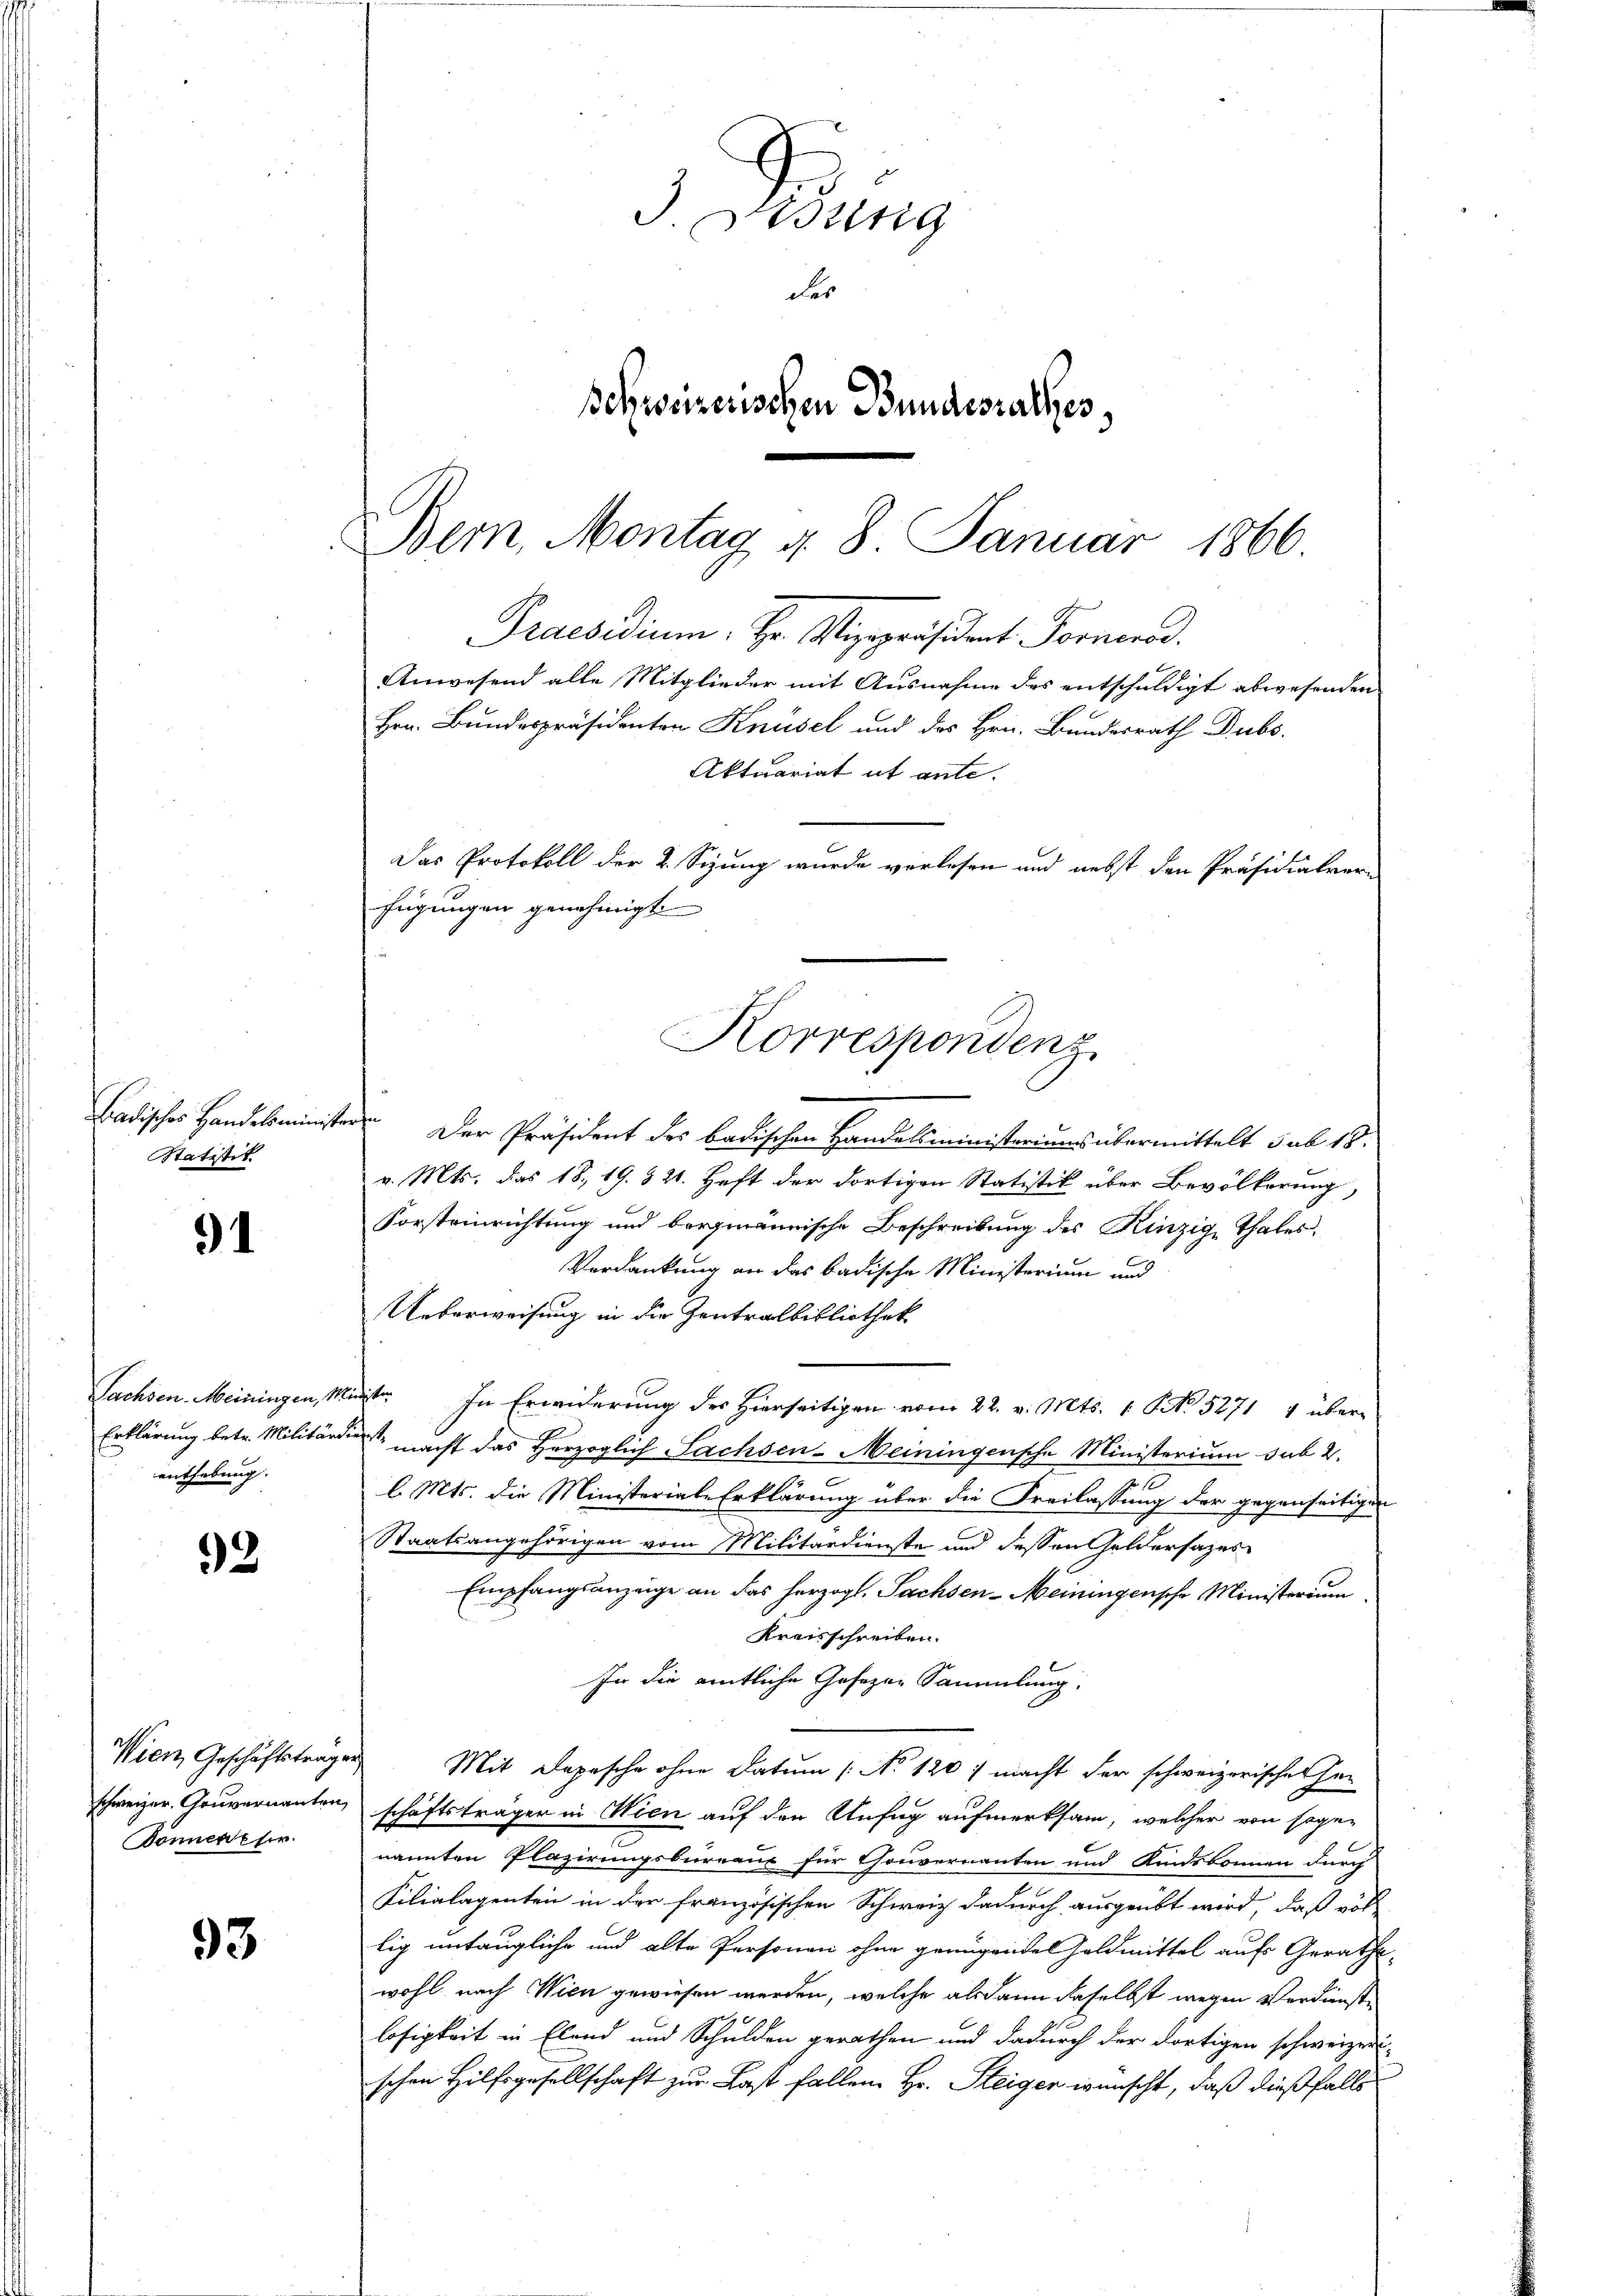
Badischer Handelsminister un
Statitit.

91

enthebung. |

92

Wien Geschäftsträgen
schweizer. Gouvernannten,
Donneresir

93

Didung
des
Behweizerischen Bundesrathes,

Bern, Montag u. 8. Januar
1866.
Hrn. Bundespräsidenten Knüsel und des Hrn. Bundesrath Dubs.
Aktuariat it ante.
Das Protokoll der 2. Sizung wurde vorlesen und nebst den Präsidialvere
fügungen genehmigt
Korrespondens

Anwesend alle Mitglieder mit Ausnahme des entschuldigt abwesenden

Praesidium. Hr. Vizepräsident. Formernd

u
Der Präsident des badischen Handelsministeriums übermittelt sub 18.
v. Mts. das 18, 19. 321. Haft der dortigen Statistik über Bevölkerung,
Forsteinrichtung und bergmännische Beschreibung des Kinzige Thales.
Verdankung an das badische Ministerium und
Ueberweisung in die Zentralbibliothek
Sachsen. Meiningen, Ministe. In Erwiderung des Hierseitigen vom 22. v. Mts. 1. No. 5271 4 über¬
Erklärung betr. Militärdient macht das Herzoglich Sachsen-Meiningensche Ministerium sub 2.
l. Mts. die Ministerial-Erklärung über die Freilassung der gegenseitigen
Staatsangehörigen vom Militärdienste und dessen Geldersages
Empfangsanzeige an das herzogl. Sachsen-Meiningensche Ministerium
Kreisschreiben.
In die entliche Gesagen Sammlung.
Mit Depesche ohne Datum ( No 120) macht der schweizerischer Her
schäftsträger in Wien auf den Unfug aufmerksam, welcher von sogenannten Plazirungsbureaux für Thouvernanten und Kindsbonnen durch
Kilialagenten in der französischen Schweiz dadurch ausgeübt wird, daß vor
lig untaugliche und alte Personen ohne genügendes Geldmittel aufs Geraths-
wohl nach Wien gewiesen werden, welche alsdann daselbst wegen Verdienstlosigkeit in Elend und Schulden gerathen und dadurch der dortigen schweizer
schen Hilfsgesellschaft zur Last fallen. Hr. Steiger wünscht, daß dießfalls